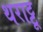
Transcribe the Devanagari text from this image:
थराट्टू